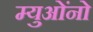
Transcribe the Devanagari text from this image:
म्युओंनो